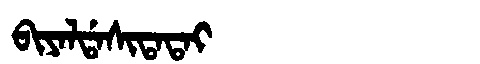
Manchu: ᠪᡳᠶᠠᠯᡩᠠᠰᡳᡨᠠᡨᠠᡳ
Romanization: BIYALDASITATAI